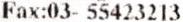
FAX:03- 55423213